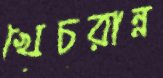
খেচরান্ন